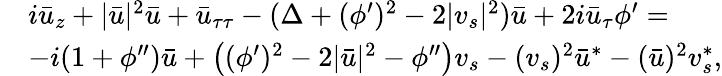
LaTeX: \begin{array}{rl}&{i\bar{u}_{z}+|\bar{u}|^{2}\bar{u}+\bar{u}_{\tau\tau}-(\Delta+(\phi^{\prime})^{2}-2|v_{s}|^{2})\bar{u}+2i\bar{u}_{\tau}\phi^{\prime}=}\\ &{-i(1+\phi^{\prime\prime})\bar{u}+\left((\phi^{\prime})^{2}-2|\bar{u}|^{2}-\phi^{\prime\prime}\right)v_{s}-(v_{s})^{2}\bar{u}^{*}-(\bar{u})^{2}v_{s}^{*},}\end{array}